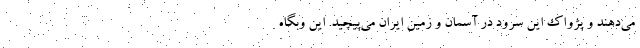
می‌دهند و پژواک این سرود در آسمان و زمین ایران می‌پیچید. این وبگاه